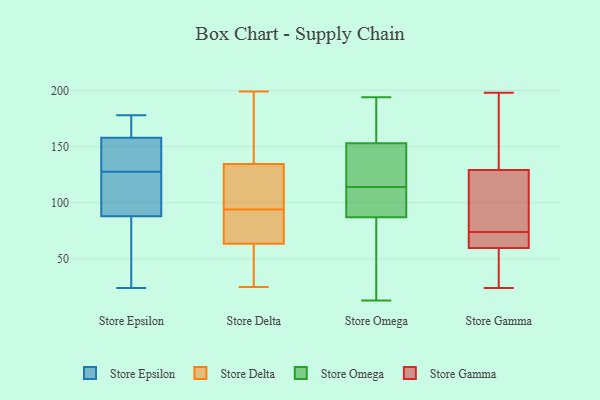
{"axis": {"x": "Satisfaction Score", "y": "Value"}, "legend": ["Store Delta", "Store Epsilon", "Store Gamma", "Store Omega"], "data": [{"x": "", "y": 55, "type": "Store Epsilon"}, {"x": "", "y": 130, "type": "Store Epsilon"}, {"x": "", "y": 125, "type": "Store Epsilon"}, {"x": "", "y": 74, "type": "Store Epsilon"}, {"x": "", "y": 119, "type": "Store Epsilon"}, {"x": "", "y": 91, "type": "Store Epsilon"}, {"x": "", "y": 88, "type": "Store Epsilon"}, {"x": "", "y": 169, "type": "Store Epsilon"}, {"x": "", "y": 178, "type": "Store Epsilon"}, {"x": "", "y": 25, "type": "Store Epsilon"}, {"x": "", "y": 110, "type": "Store Epsilon"}, {"x": "", "y": 142, "type": "Store Epsilon"}, {"x": "", "y": 174, "type": "Store Epsilon"}, {"x": "", "y": 154, "type": "Store Epsilon"}, {"x": "", "y": 177, "type": "Store Epsilon"}, {"x": "", "y": 158, "type": "Store Epsilon"}, {"x": "", "y": 142, "type": "Store Epsilon"}, {"x": "", "y": 24, "type": "Store Epsilon"}, {"x": "", "y": 136, "type": "Store Delta"}, {"x": "", "y": 101, "type": "Store Delta"}, {"x": "", "y": 28, "type": "Store Delta"}, {"x": "", "y": 97, "type": "Store Delta"}, {"x": "", "y": 199, "type": "Store Delta"}, {"x": "", "y": 81, "type": "Store Delta"}, {"x": "", "y": 67, "type": "Store Delta"}, {"x": "", "y": 66, "type": "Store Delta"}, {"x": "", "y": 168, "type": "Store Delta"}, {"x": "", "y": 28, "type": "Store Delta"}, {"x": "", "y": 136, "type": "Store Delta"}, {"x": "", "y": 43, "type": "Store Delta"}, {"x": "", "y": 133, "type": "Store Delta"}, {"x": "", "y": 154, "type": "Store Delta"}, {"x": "", "y": 80, "type": "Store Delta"}, {"x": "", "y": 91, "type": "Store Delta"}, {"x": "", "y": 25, "type": "Store Delta"}, {"x": "", "y": 109, "type": "Store Delta"}, {"x": "", "y": 61, "type": "Store Delta"}, {"x": "", "y": 109, "type": "Store Delta"}, {"x": "", "y": 194, "type": "Store Omega"}, {"x": "", "y": 100, "type": "Store Omega"}, {"x": "", "y": 103, "type": "Store Omega"}, {"x": "", "y": 110, "type": "Store Omega"}, {"x": "", "y": 127, "type": "Store Omega"}, {"x": "", "y": 51, "type": "Store Omega"}, {"x": "", "y": 190, "type": "Store Omega"}, {"x": "", "y": 184, "type": "Store Omega"}, {"x": "", "y": 13, "type": "Store Omega"}, {"x": "", "y": 126, "type": "Store Omega"}, {"x": "", "y": 143, "type": "Store Omega"}, {"x": "", "y": 74, "type": "Store Omega"}, {"x": "", "y": 48, "type": "Store Omega"}, {"x": "", "y": 108, "type": "Store Omega"}, {"x": "", "y": 118, "type": "Store Omega"}, {"x": "", "y": 163, "type": "Store Omega"}, {"x": "", "y": 43, "type": "Store Gamma"}, {"x": "", "y": 140, "type": "Store Gamma"}, {"x": "", "y": 75, "type": "Store Gamma"}, {"x": "", "y": 104, "type": "Store Gamma"}, {"x": "", "y": 24, "type": "Store Gamma"}, {"x": "", "y": 139, "type": "Store Gamma"}, {"x": "", "y": 126, "type": "Store Gamma"}, {"x": "", "y": 64, "type": "Store Gamma"}, {"x": "", "y": 65, "type": "Store Gamma"}, {"x": "", "y": 74, "type": "Store Gamma"}, {"x": "", "y": 69, "type": "Store Gamma"}, {"x": "", "y": 198, "type": "Store Gamma"}, {"x": "", "y": 47, "type": "Store Gamma"}]}